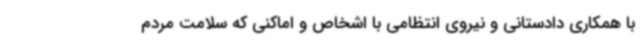
با همکاری دادستانی و نیروی انتظامی با اشخاص و اماکنی که سلامت مردم